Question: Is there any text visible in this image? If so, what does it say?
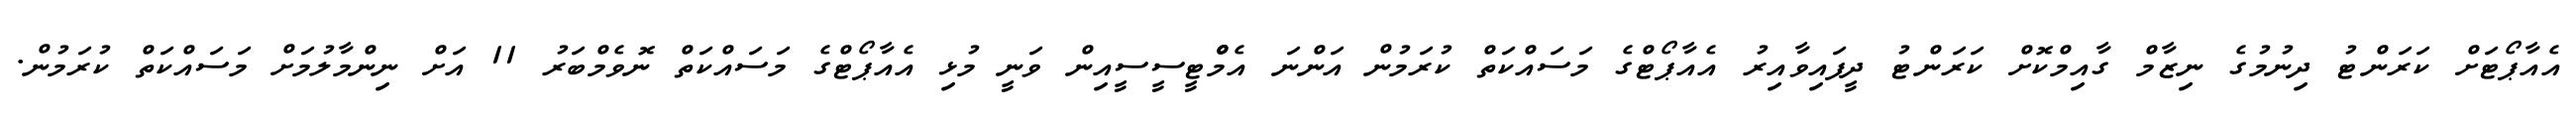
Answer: އެއާޕޯޓަށް ކަރަންޓު ދިނުމުގެ ނިޒާމް ގާއިމްކޮށް ކަރަންޓު ދީފައިވާއިރު އެއާޕޯޓްގެ މަސައްކަތް ކުރަމުން އަންނަ އެމްްޓީސީސީއިން ވަނީ މުޅި އެއާޕޯޓްގެ މަސައްކަތް ނޮވެމްބަރު 11 އަށް ނިންމާލުމަށް މަސައްކަތް ކުރަމުން.